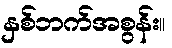
နှစ်ဘက်အစွန်း။